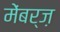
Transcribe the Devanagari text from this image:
मेंबर्ज़